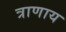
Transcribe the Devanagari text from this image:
त्राणाय